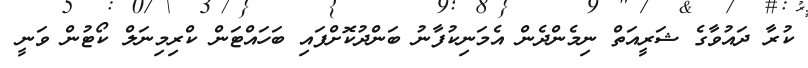
ކުރާ ދައުވާގެ ޝަރީއަތް ނިމެންދެން އެމަނިކުފާނު ބަންދުކޮށްފައި ބަހައްޓަން ކްރިމިނަލް ކޯޓުން ވަނީ